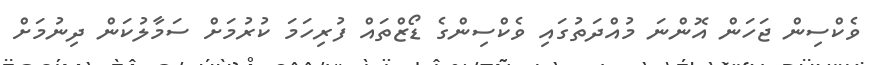
ވެކްސިން ޖަހަން އޮންނަ މުއްދަތުގައި ވެކްސިންގެ ޑޯޒްތައް ފުރިހަމަ ކުރުމަށް ސަމާލުކަން ދިނުމަށް